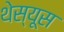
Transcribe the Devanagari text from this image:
थेस्यूस